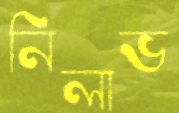
নিলাভ